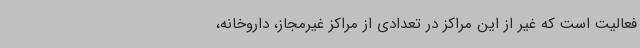
فعالیت است که غیر از این مراکز در تعدادی از مراکز غیرمجاز، داروخانه،